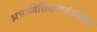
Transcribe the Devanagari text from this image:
अभव्यिक्तिस्वातंत्र्याचा